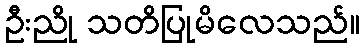
ဦးညို သတိပြုမိလေသည်။